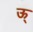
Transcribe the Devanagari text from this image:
ऊ्